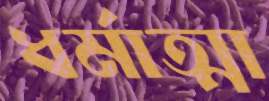
ধর্মাত্মা